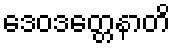
ဒေဝဒတ္တေနာတိ